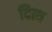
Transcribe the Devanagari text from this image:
दित्य